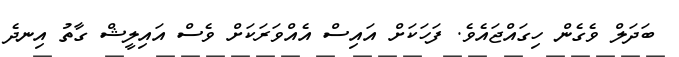
ބަދަލް ވެގެން ހިގައްޖައެވެ. ފަހަކަށް އައިސް އެއްވަރަކަށް ވެސް އައިލީޝް ގާތު އިނދެ